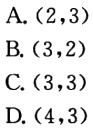
A. \((2,3)\)
B. \((3,2)\)
C. \((3,3)\)
D. \((4,3)\)